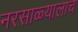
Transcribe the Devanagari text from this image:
नरसाळ्यालाच